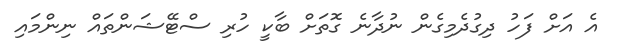
އެ އަށް ފަހު ދިގުދެމިގެން ނުދާނެ ގޮތަށް ބާކީ ހުރި ސްޓޭޝަންތައް ނިންމައި